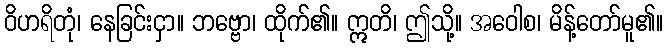
ဝိဟရိတုံ၊ နေခြင်းငှာ။ ဘဗ္ဗော၊ ထိုက်၏။ ဣတိ၊ ဤသို့။ အဝေါစ၊ မိန့်တော်မူ၏။